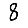
Digit: 8